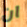
ان